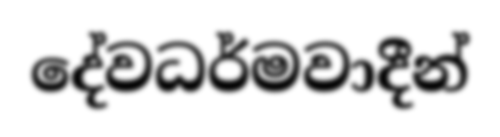
දේවධර්මවාදීන්